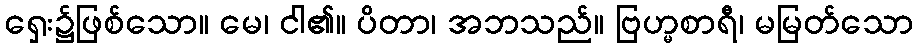
ရှေး၌ဖြစ်သော။ မေ၊ ငါ၏။ ပိတာ၊ အဘသည်။ ဗြဟ္မစာရီ၊ မမြတ်သော